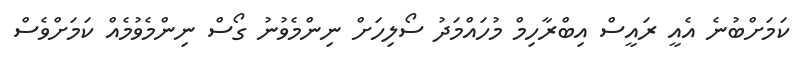
ކަމަށްބުނެ އެއީ ރައީސް އިބްރާހިމް މުހައްމަދު ސޯލިހަށް ނިންމެވުނު ގޯސް ނިންމެވުމެއް ކަމަށްވެސް